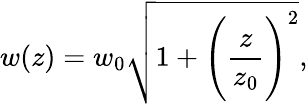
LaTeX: w(z)=w_{0}\sqrt{1+\Bigg(\frac{z}{z_{0}}\Bigg)^{2}},